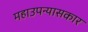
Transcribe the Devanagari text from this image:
महाउपन्यासकार